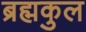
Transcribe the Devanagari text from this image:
ब्रह्मकुल